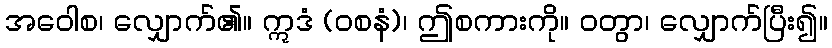
အဝေါစ၊ လျှောက်၏။ ဣဒံ (ဝစနံ)၊ ဤစကားကို။ ဝတွာ၊ လျှောက်ပြီး၍။